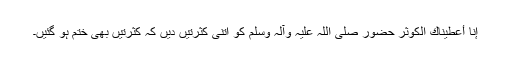
إِنَّا أَعْطَيْنَاكَ الْكَوْثَرَ حضور صلی اللہ علیہ وآلہ وسلم کو اتنی کثرتیں دیں کہ کثرتیں بھی ختم ہو گئیں۔